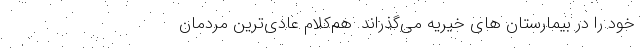
خود را در بیمارستان های خیریه می‌گذراند. هم‌کلام عادی‌ترین مردمان